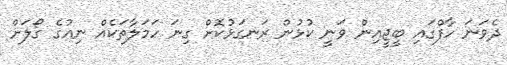
ދެވަނަ ހާފްގައި ބީޖީއިން ވަނީ ކުޅުން ރަނގަޅުކޮށް ގިނަ ހަމަލާތަކެއް ނިއުގެ ގޯލަށް